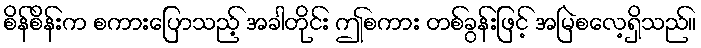
စိန်စိန်းက စကားပြောသည့် အခါတိုင်း ဤစကား တစ်ခွန်းဖြင့် အမြဲစလေ့ရှိသည်။